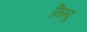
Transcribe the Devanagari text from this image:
निरुद्व